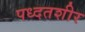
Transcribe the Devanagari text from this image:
पध्दतशीर